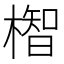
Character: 𪳲